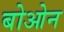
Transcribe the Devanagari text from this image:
बोओन